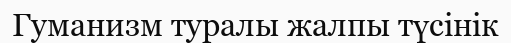
Гуманизм туралы жалпы түсінік